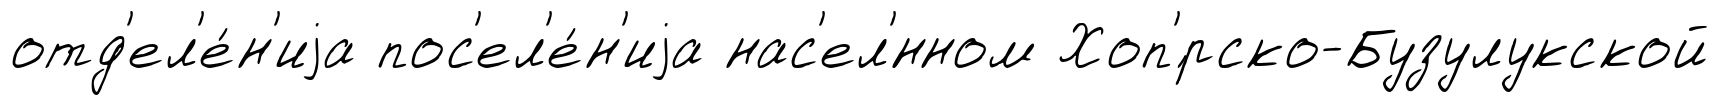
отд'ел'е́н'иjа пос'ел'е́н'иjа нас'ел'́нном Хоп'́рско-Бузулукской